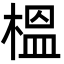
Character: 榲